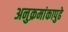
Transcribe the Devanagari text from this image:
अनुक्रमांकापुढे